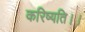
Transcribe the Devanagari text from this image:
करिष्यति।।